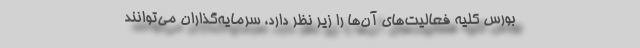
بورس کلیه فعالیت‌های آن‌ها را زیر نظر دارد، سرمایه‌گذاران می‌توانند